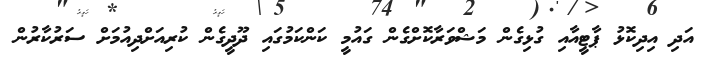
އަދި އިދިކޮޅު ޕާޓީއާއި ގުޅިގެން މަޝްވަރާކޮށްގެން ގައުމީ ކަންކަމުގައި ދޫދީގެން ކުރިއަށްދިއުމަށް ސަރުކާރުން